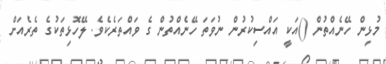
މުޅިން ހޭނެއްތުން ()އަކީ އައްސިކުރުން ނުވަތަ ހޭނެއްތުން ގެ ވައްތަރެކެވެ. ލޭހޮޅިތަކުގެ ތެރެއަށް